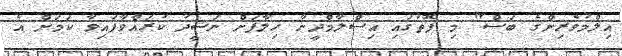
އިލްމުވެރިންގެ ބަސް" މި ފޮތުގައި އިސްލާމްދީނާ ހިލާފަށް ނަޝީދު ކުރައްވާފައިވާ ކަމަށް އެ